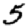
Digit: 5